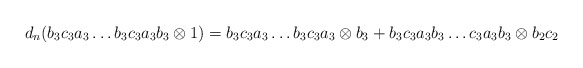
\begin{align*}d_n(b_3c_3a_3 \dots b_3c_3a_3b_3 \otimes 1) = b_3c_3a_3 \dots b_3c_3a_3 \otimes b_3 + b_3c_3a_3b_3 \dots c_3a_3b_3 \otimes b_2c_2\end{align*}